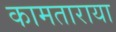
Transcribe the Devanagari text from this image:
कामताराया